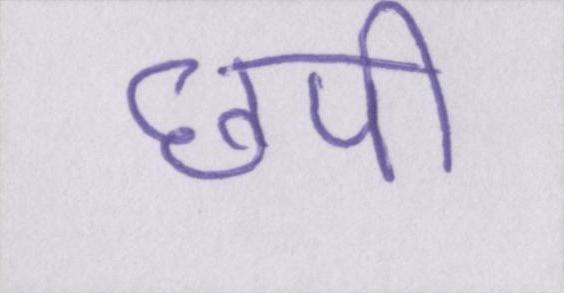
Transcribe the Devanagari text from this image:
छपी